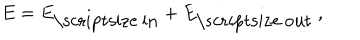
E = E _ { \mathrm { \scriptsize ~ i n } } + E _ { \mathrm { \scriptsize ~ o u t } } \: ,